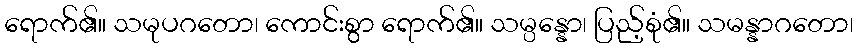
ရောက်၏။ သမုပဂတော၊ ကောင်းစွာ ရောက်၏။ သမ္ပန္နော၊ ပြည့်စုံ၏။ သမန္နာဂတော၊